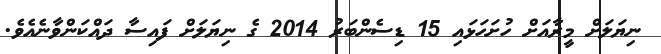
ނިޔަލަށް މީރާއަށް ހުށަހަޅައި 15 ޑިސެންބަރު 2014 ގެ ނިޔަލަށް ފައިސާ ދައްކަންވާނެއެވެ.